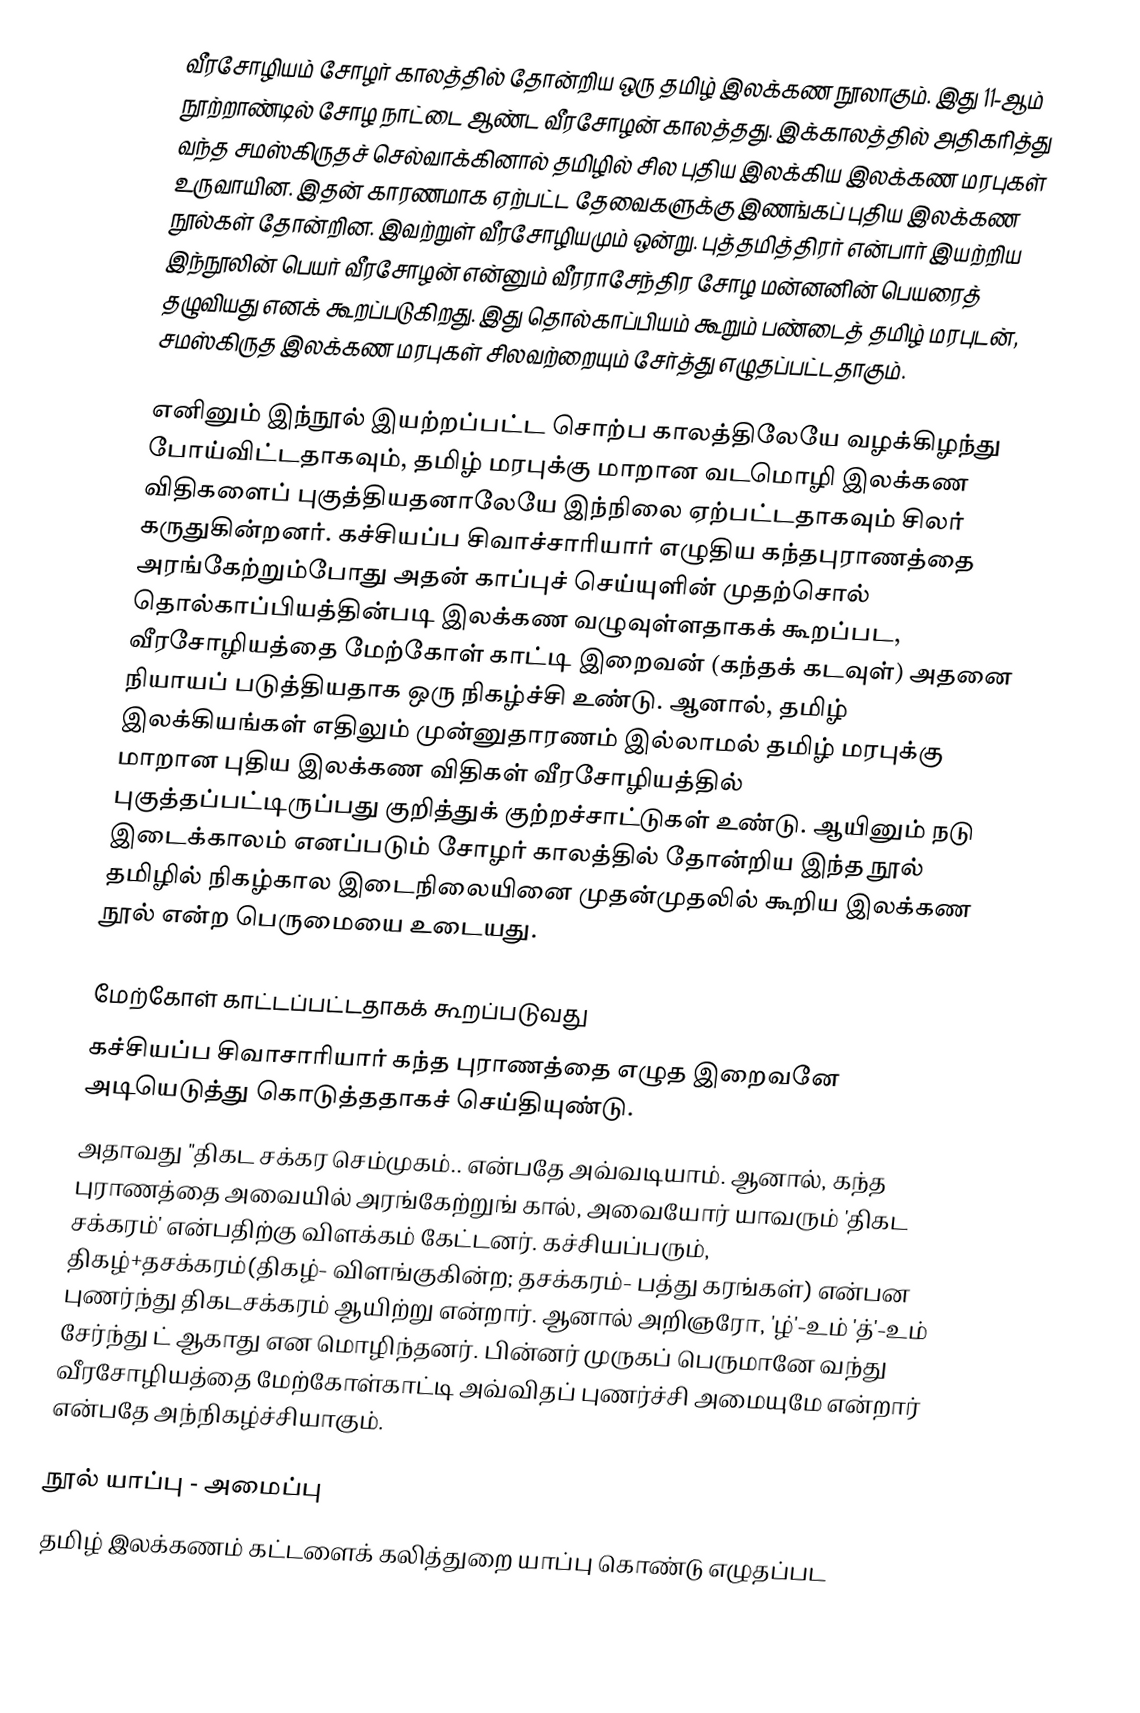
வீரசோழியம் சோழர் காலத்தில் தோன்றிய ஒரு தமிழ் இலக்கண நூலாகும். இது 11-ஆம் நூற்றாண்டில் சோழ நாட்டை ஆண்ட வீரசோழன் காலத்தது. இக்காலத்தில் அதிகரித்து வந்த சமஸ்கிருதச் செல்வாக்கினால் தமிழில் சில புதிய இலக்கிய இலக்கண மரபுகள் உருவாயின. இதன் காரணமாக ஏற்பட்ட தேவைகளுக்கு இணங்கப் புதிய இலக்கண நூல்கள் தோன்றின. இவற்றுள் வீரசோழியமும் ஒன்று. புத்தமித்திரர் என்பார் இயற்றிய இந்நூலின் பெயர் வீரசோழன் என்னும் வீரராசேந்திர சோழ மன்னனின் பெயரைத் தழுவியது எனக் கூறப்படுகிறது. இது தொல்காப்பியம் கூறும் பண்டைத் தமிழ் மரபுடன், சமஸ்கிருத இலக்கண மரபுகள் சிலவற்றையும் சேர்த்து எழுதப்பட்டதாகும்.

எனினும் இந்நூல் இயற்றப்பட்ட சொற்ப காலத்திலேயே வழக்கிழந்து போய்விட்டதாகவும், தமிழ் மரபுக்கு மாறான வடமொழி இலக்கண விதிகளைப் புகுத்தியதனாலேயே இந்நிலை ஏற்பட்டதாகவும் சிலர் கருதுகின்றனர். கச்சியப்ப சிவாச்சாரியார் எழுதிய கந்தபுராணத்தை அரங்கேற்றும்போது அதன் காப்புச் செய்யுளின் முதற்சொல் தொல்காப்பியத்தின்படி இலக்கண வழுவுள்ளதாகக் கூறப்பட, வீரசோழியத்தை மேற்கோள் காட்டி இறைவன் (கந்தக் கடவுள்) அதனை நியாயப் படுத்தியதாக ஒரு நிகழ்ச்சி உண்டு. ஆனால், தமிழ் இலக்கியங்கள் எதிலும் முன்னுதாரணம் இல்லாமல் தமிழ் மரபுக்கு மாறான புதிய இலக்கண விதிகள் வீரசோழியத்தில்  புகுத்தப்பட்டிருப்பது குறித்துக் குற்றச்சாட்டுகள் உண்டு. ஆயினும் நடு இடைக்காலம் எனப்படும் சோழர் காலத்தில் தோன்றிய இந்த நூல் தமிழில் நிகழ்கால இடைநிலையினை முதன்முதலில் கூறிய இலக்கண நூல்  என்ற பெருமையை உடையது.

மேற்கோள் காட்டப்பட்டதாகக் கூறப்படுவது
கச்சியப்ப சிவாசாரியார் கந்த புராணத்தை எழுத இறைவனே அடியெடுத்து கொடுத்ததாகச் செய்தியுண்டு.
அதாவது "திகட சக்கர செம்முகம்.. என்பதே அவ்வடியாம். ஆனால், கந்த புராணத்தை அவையில் அரங்கேற்றுங் கால், அவையோர் யாவரும் 'திகட சக்கரம்' என்பதிற்கு விளக்கம் கேட்டனர். கச்சியப்பரும், திகழ்+தசக்கரம்(திகழ்- விளங்குகின்ற; தசக்கரம்- பத்து கரங்கள்) என்பன புணர்ந்து திகடசக்கரம் ஆயிற்று என்றார். ஆனால் அறிஞரோ, 'ழ்'-உம் 'த்'-உம் சேர்ந்து ட் ஆகாது என மொழிந்தனர். பின்னர் முருகப் பெருமானே வந்து வீரசோழியத்தை மேற்கோள்காட்டி  அவ்விதப்  புணர்ச்சி  அமையுமே  என்றார்  என்பதே அந்நிகழ்ச்சியாகும்.

நூல் யாப்பு - அமைப்பு
தமிழ் இலக்கணம் கட்டளைக் கலித்துறை  யாப்பு கொண்டு எழுதப்பட